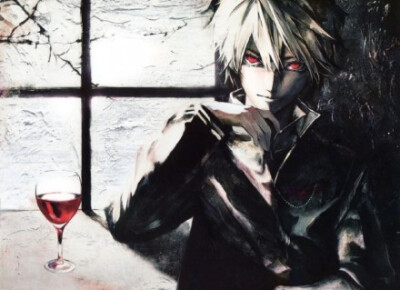
白首相知犹按剑，朱门先达笑弹冠。